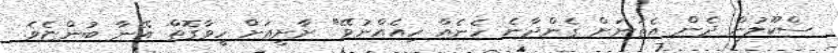
ސްކޫލުން ދެން އެތަނަށް ގެންދާނެ ހެނެއް ހިއެއްނުވޭ" ށާށީއަށް ހީވާގޮތް އޭނާ ބުންޏެވެ.